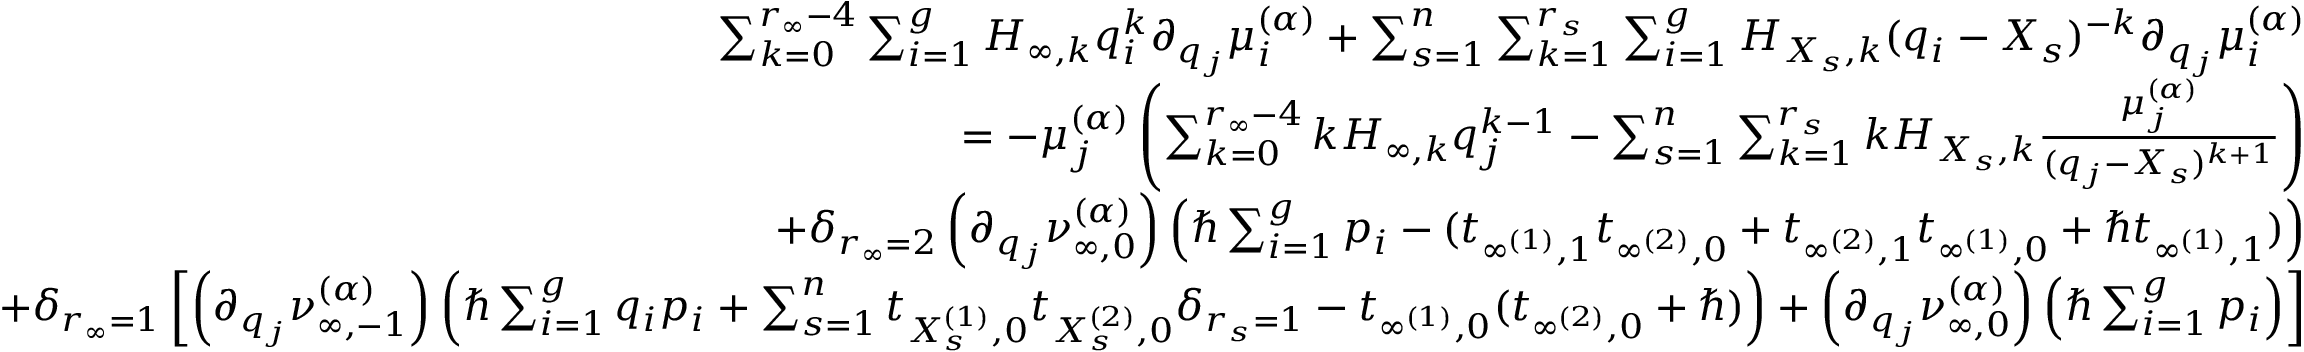
\begin{array} { r l r } & { } & { \sum _ { k = 0 } ^ { r _ { \infty } - 4 } \sum _ { i = 1 } ^ { g } H _ { \infty , k } q _ { i } ^ { k } \partial _ { q _ { j } } \mu _ { i } ^ { \boldsymbol { ( \alpha ) } } + \sum _ { s = 1 } ^ { n } \sum _ { k = 1 } ^ { r _ { s } } \sum _ { i = 1 } ^ { g } H _ { X _ { s } , k } ( q _ { i } - X _ { s } ) ^ { - k } \partial _ { q _ { j } } \mu _ { i } ^ { \boldsymbol { ( \alpha ) } } } \\ & { } & { = - \mu _ { j } ^ { ( \boldsymbol { \alpha } ) } \left( \sum _ { k = 0 } ^ { r _ { \infty } - 4 } k H _ { \infty , k } q _ { j } ^ { k - 1 } - \sum _ { s = 1 } ^ { n } \sum _ { k = 1 } ^ { r _ { s } } k H _ { X _ { s } , k } \frac { \mu _ { j } ^ { ( \boldsymbol { \alpha } ) } } { ( q _ { j } - X _ { s } ) ^ { k + 1 } } \right) } \\ & { } & { + \delta _ { r _ { \infty } = 2 } \left( \partial _ { q _ { j } } \nu _ { \infty , 0 } ^ { ( \boldsymbol { \alpha } ) } \right) \left( \hbar \sum _ { i = 1 } ^ { g } p _ { i } - ( t _ { \infty ^ { ( 1 ) } , 1 } t _ { \infty ^ { ( 2 ) } , 0 } + t _ { \infty ^ { ( 2 ) } , 1 } t _ { \infty ^ { ( 1 ) } , 0 } + \hbar t _ { \infty ^ { ( 1 ) } , 1 } ) \right) } \\ & { } & { + \delta _ { r _ { \infty } = 1 } \left[ \left( \partial _ { q _ { j } } \nu _ { \infty , - 1 } ^ { ( \boldsymbol { \alpha } ) } \right) \left( \hbar \sum _ { i = 1 } ^ { g } q _ { i } p _ { i } + \sum _ { s = 1 } ^ { n } t _ { X _ { s } ^ { ( 1 ) } , 0 } t _ { X _ { s } ^ { ( 2 ) } , 0 } \delta _ { r _ { s } = 1 } - t _ { \infty ^ { ( 1 ) } , 0 } ( t _ { \infty ^ { ( 2 ) } , 0 } + \hbar ) \right) + \left( \partial _ { q _ { j } } \nu _ { \infty , 0 } ^ { ( \boldsymbol { \alpha } ) } \right) \left( \hbar \sum _ { i = 1 } ^ { g } p _ { i } \right) \right] } \\ & { } & \end{array}